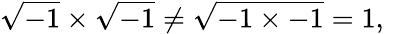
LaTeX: {\sqrt{-1}}\times{\sqrt{-1}}\neq{\sqrt{-1\times-1}}=1,\quad